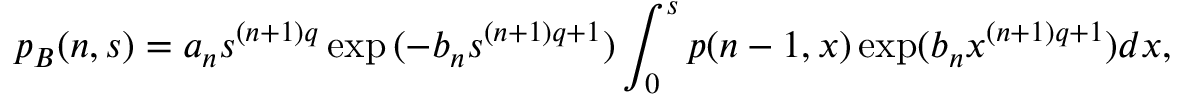
p _ { B } ( n , s ) = a _ { n } s ^ { ( n + 1 ) q } \exp { ( - b _ { n } s ^ { ( n + 1 ) q + 1 } ) } \int _ { 0 } ^ { s } p ( n - 1 , x ) \exp ( b _ { n } x ^ { ( n + 1 ) q + 1 } ) d x ,